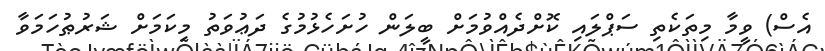
އެސް) ވީމާ މިތަކެތި ސަޕްލައި ކޮށްދެއްވުމަށް ބީލަން ހުށަހެޅުމުގެ ދަޢުވަތު މިކަމަށް ޝަރުޠުހަމަވާ